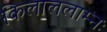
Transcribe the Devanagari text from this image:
किलाललाम्नः